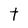
Character: t